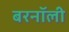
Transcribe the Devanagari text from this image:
बरनॉली